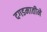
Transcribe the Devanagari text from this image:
दगडमातीने